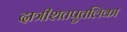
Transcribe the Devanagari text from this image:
दात्रीशतपुतलिका